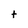
Character: t